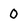
Character: 0